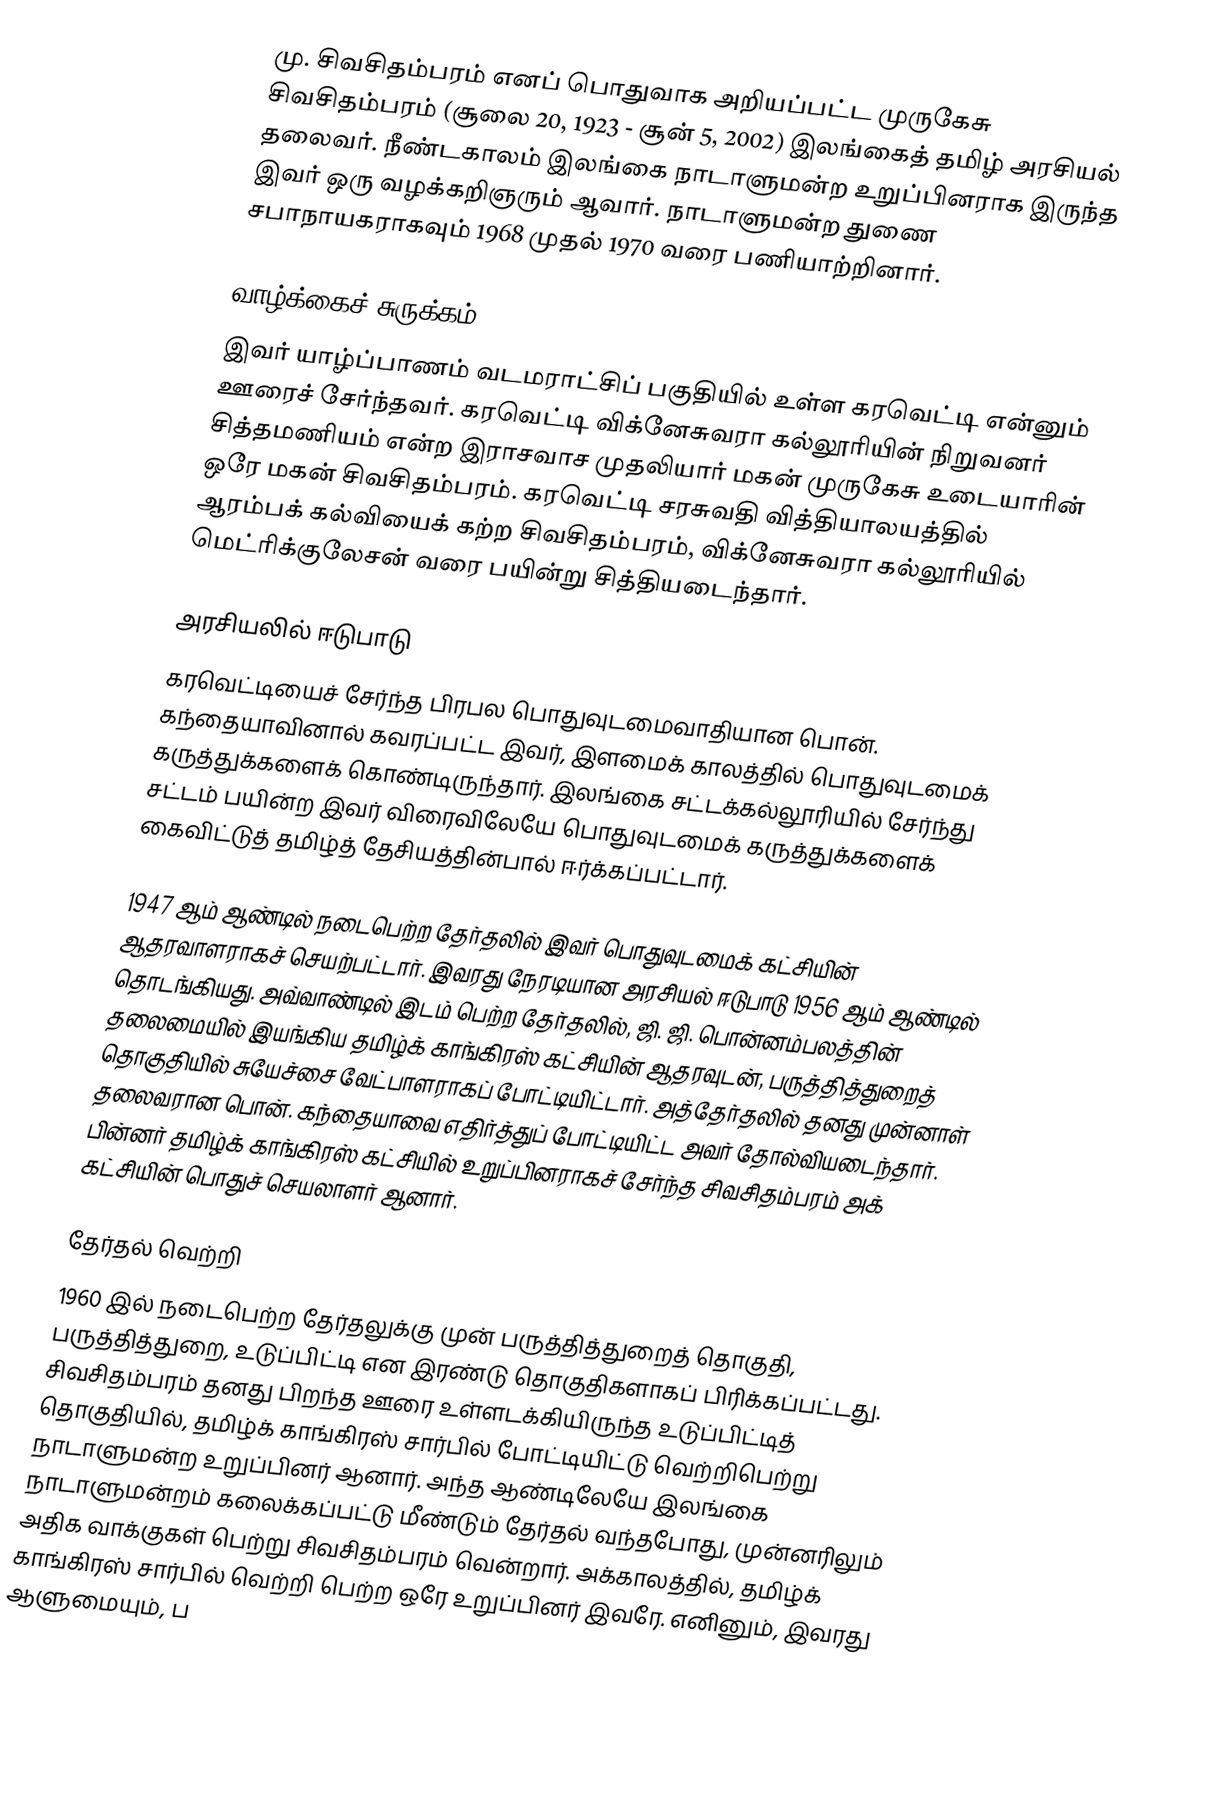
மு. சிவசிதம்பரம் எனப் பொதுவாக அறியப்பட்ட முருகேசு சிவசிதம்பரம் (சூலை 20, 1923 - சூன் 5, 2002) இலங்கைத் தமிழ் அரசியல் தலைவர். நீண்டகாலம் இலங்கை நாடாளுமன்ற உறுப்பினராக இருந்த இவர் ஒரு வழக்கறிஞரும் ஆவார். நாடாளுமன்ற துணை சபாநாயகராகவும் 1968 முதல் 1970 வரை பணியாற்றினார்.

வாழ்க்கைச் சுருக்கம்
இவர் யாழ்ப்பாணம் வடமராட்சிப் பகுதியில் உள்ள கரவெட்டி என்னும் ஊரைச் சேர்ந்தவர். கரவெட்டி விக்னேசுவரா கல்லூரியின் நிறுவனர் சித்தமணியம் என்ற இராசவாச முதலியார் மகன் முருகேசு உடையாரின் ஒரே மகன் சிவசிதம்பரம். கரவெட்டி சரசுவதி வித்தியாலயத்தில் ஆரம்பக் கல்வியைக் கற்ற சிவசிதம்பரம், விக்னேசுவரா கல்லூரியில் மெட்ரிக்குலேசன் வரை பயின்று சித்தியடைந்தார்.

அரசியலில் ஈடுபாடு
கரவெட்டியைச் சேர்ந்த பிரபல பொதுவுடமைவாதியான பொன். கந்தையாவினால் கவரப்பட்ட இவர், இளமைக் காலத்தில் பொதுவுடமைக் கருத்துக்களைக் கொண்டிருந்தார். இலங்கை சட்டக்கல்லூரியில் சேர்ந்து சட்டம் பயின்ற இவர் விரைவிலேயே பொதுவுடமைக் கருத்துக்களைக் கைவிட்டுத் தமிழ்த் தேசியத்தின்பால் ஈர்க்கப்பட்டார்.

1947 ஆம் ஆண்டில் நடைபெற்ற தேர்தலில் இவர் பொதுவுடமைக் கட்சியின் ஆதரவாளராகச் செயற்பட்டார். இவரது நேரடியான அரசியல் ஈடுபாடு 1956 ஆம் ஆண்டில் தொடங்கியது. அவ்வாண்டில் இடம் பெற்ற தேர்தலில், ஜி. ஜி. பொன்னம்பலத்தின் தலைமையில் இயங்கிய தமிழ்க் காங்கிரஸ் கட்சியின் ஆதரவுடன், பருத்தித்துறைத் தொகுதியில் சுயேச்சை வேட்பாளராகப் போட்டியிட்டார். அத்தேர்தலில் தனது முன்னாள் தலைவரான பொன். கந்தையாவை எதிர்த்துப் போட்டியிட்ட அவர் தோல்வியடைந்தார். பின்னர் தமிழ்க் காங்கிரஸ் கட்சியில் உறுப்பினராகச் சேர்ந்த சிவசிதம்பரம் அக் கட்சியின் பொதுச் செயலாளர் ஆனார்.

தேர்தல் வெற்றி
1960 இல் நடைபெற்ற தேர்தலுக்கு முன் பருத்தித்துறைத் தொகுதி, பருத்தித்துறை, உடுப்பிட்டி என இரண்டு தொகுதிகளாகப் பிரிக்கப்பட்டது. சிவசிதம்பரம் தனது பிறந்த ஊரை உள்ளடக்கியிருந்த உடுப்பிட்டித் தொகுதியில், தமிழ்க் காங்கிரஸ் சார்பில் போட்டியிட்டு வெற்றிபெற்று நாடாளுமன்ற உறுப்பினர் ஆனார். அந்த ஆண்டிலேயே இலங்கை நாடாளுமன்றம் கலைக்கப்பட்டு மீண்டும் தேர்தல் வந்தபோது, முன்னரிலும் அதிக வாக்குகள் பெற்று சிவசிதம்பரம் வென்றார். அக்காலத்தில், தமிழ்க் காங்கிரஸ் சார்பில் வெற்றி பெற்ற ஒரே உறுப்பினர் இவரே. எனினும், இவரது ஆளுமையும், ப